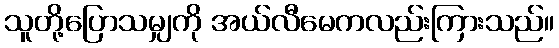
သူတို့ပြောသမျှကို အယ်လီမေကလည်းကြားသည်။